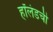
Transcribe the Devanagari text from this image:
हॉलंडची